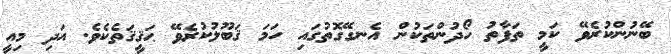
ބޭނުންކުރެވޭ ކަމީ ތަފާތު ހޯދުންތަކުން އެނގޭގޮތުގައި ހަމަ ޤަބޫލުކުރެވޭ ޙަޤީޤަތެކެވެ. އަދި މިއީ